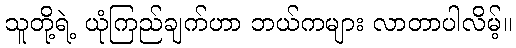
သူတို့ရဲ့ ယုံကြည်ချက်ဟာ ဘယ်ကများ လာတာပါလိမ့်။